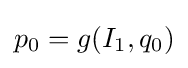
p_{0}=g(I_{1},q_{0})